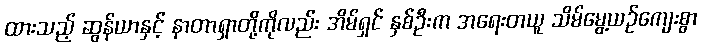
ထားသည့် ဆွန်ယာနှင့် နာတာရှာတို့ကိုလည်း အိမ်ရှင် နှစ်ဦးက အရေးတယူ သိမ်မွေ့ယဉ်ကျေးစွာ